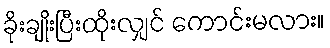
ခိုးချိုးပြီးထိုးလျှင် ကောင်းမလား။